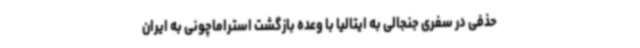
حذفی در سفری جنجالی به ایتالیا با وعده بازگشت استراماچونی به ایران